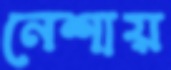
নেশায়